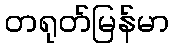
တရုတ်မြန်မာ